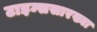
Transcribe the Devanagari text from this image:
टाइम्ससारख्या